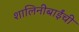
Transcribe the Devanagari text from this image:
शालिनीबाईंची